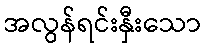
အလွန်ရင်းနှီးသော